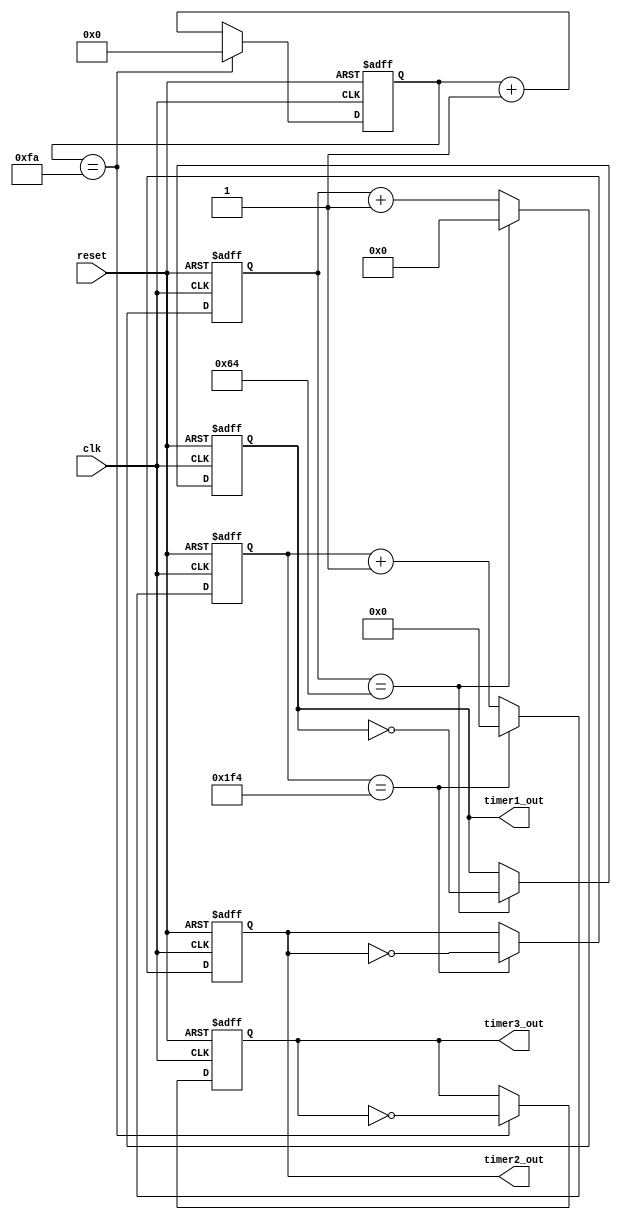
module MultirateTimer (
    input wire clk,
    input wire reset,
    output reg timer1_out,
    output reg timer2_out,
    output reg timer3_out
);

reg [9:0] counter1;
reg [19:0] counter2;
reg [14:0] counter3;

always @(posedge clk or posedge reset) begin
    if (reset) begin
        counter1 <= 0;
        counter2 <= 0;
        counter3 <= 0;
        timer1_out <= 0;
        timer2_out <= 0;
        timer3_out <= 0;
    end else begin
        counter1 <= counter1 + 1;
        counter2 <= counter2 + 1;
        counter3 <= counter3 + 1;

        // Comparator logic for timer1
        if (counter1 == 100) begin
            timer1_out <= !timer1_out;
            counter1 <= 0;
        end

        // Comparator logic for timer2
        if (counter2 == 500) begin
            timer2_out <= !timer2_out;
            counter2 <= 0;
        end

        // Comparator logic for timer3
        if (counter3 == 250) begin
            timer3_out <= !timer3_out;
            counter3 <= 0;
        end
    end
end

endmodule